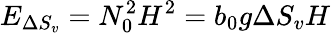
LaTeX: E_{{\Delta S_{v}}}=N_{0}^{2}H^{2}=b_{0}g\Delta S_{v}H